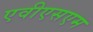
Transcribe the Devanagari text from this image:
एवीएसएम